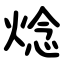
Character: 焾